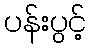
ပန်းပွင့်